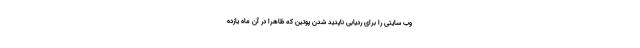
وب سایتی را برای ردیابی ناپدید شدن پوتین که ظاهرا در آن ماه یازده